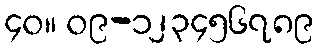
၄၀။ ၀၉-၁၂၃၄၅၆၇၈၉